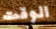
الوقت